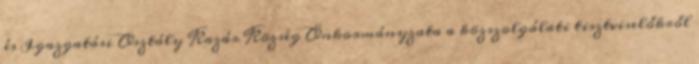
és Igazgatási Osztály Kazár Község Önkormányzata a közszolgálati tisztviselőkről